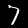
Label: 7